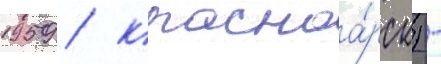
1959 / красноа́рск) -